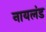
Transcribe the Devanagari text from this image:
नायलंड